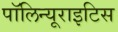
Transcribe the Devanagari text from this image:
पॉलिन्यूराइटिस